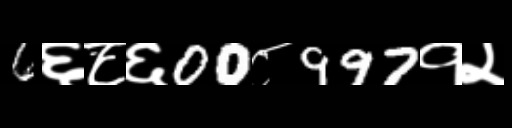
Text: 6६८६00८997१२